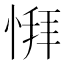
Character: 𫺨